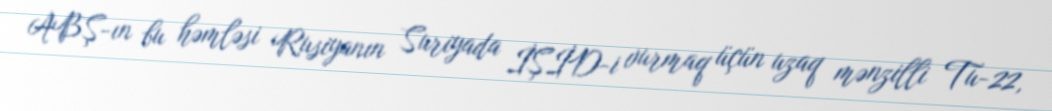
ABŞ-ın bu həmləsi Rusiyanın Suriyada İŞİD-i vurmaq üçün uzaq mənzilli Tu-22,